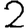
Digit: 2